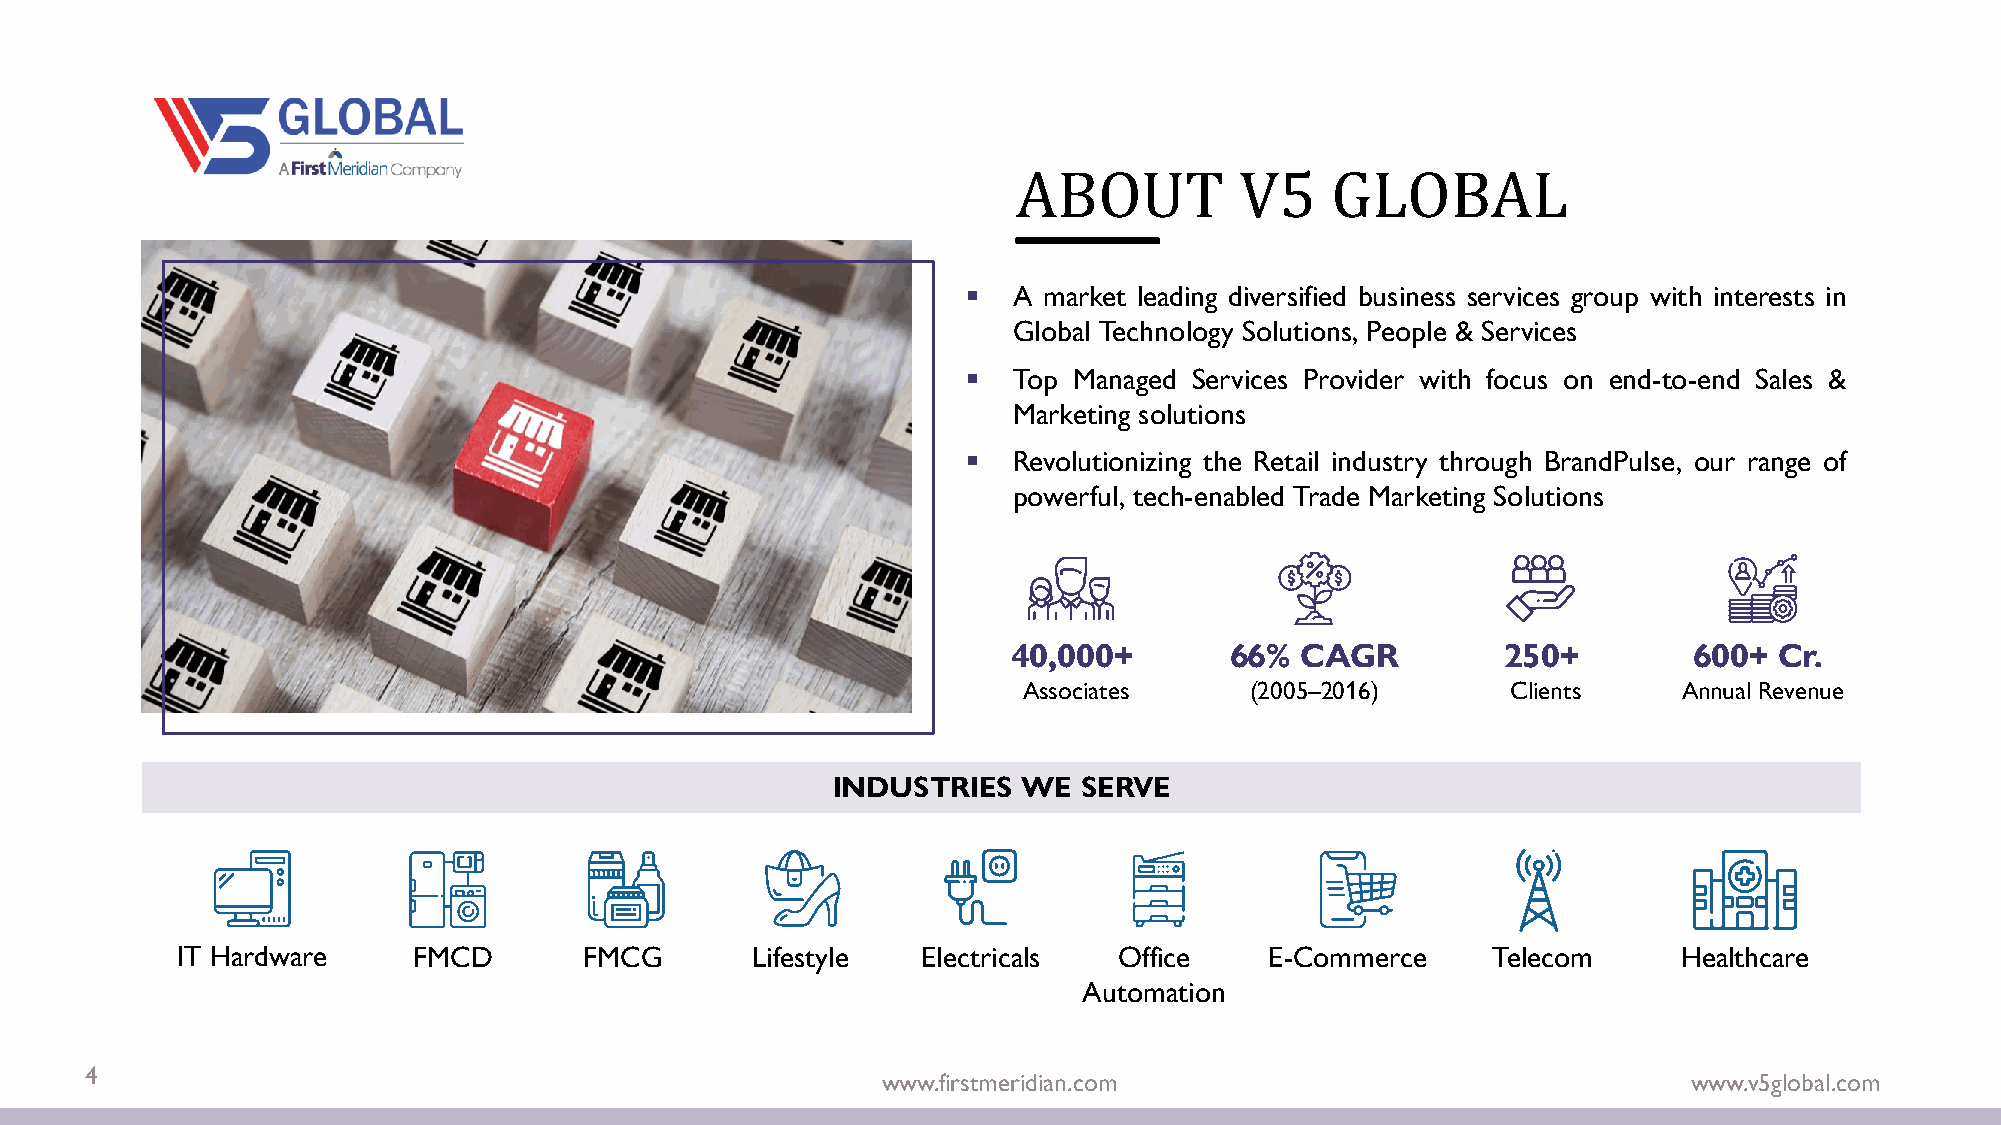
ABOUT          V5    GLOBAL
 ▪  A market leading diversified business services group with interests in
 Global Technology Solutions, People & Services
 ▪  Top Managed Services Provider with focus on end-to-end Sales &
 Marketing solutions
 ▪  Revolutionizing the Retail industry through BrandPulse, our range of
 powerful, tech-enabled Trade Marketing Solutions
 40,000+       66%  CAGR          250+        600+  Cr.
 Associates     (2005–2016)      Clients    Annual Revenue
 INDUSTRIES   WE  SERVE
 IT Hardware    FMCD        FMCG       Lifestyle  Electricals  Office    E-Commerce     Telecom     Healthcare
 Automation
 4
 www.firstmeridian.com                                 www.v5global.com